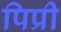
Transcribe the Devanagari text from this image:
पिप्री